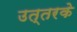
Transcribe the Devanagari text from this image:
उत्तरके